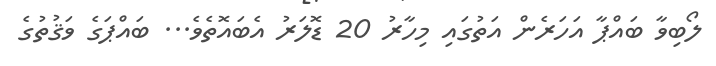
ލޯބިވާ ބައްޕާ އަހަރެން އަތުގައި މިހާރު 20 ޑޮލަރު އެބައޮތެވެ... ބައްޕަގެ ވަޤުތުގެ